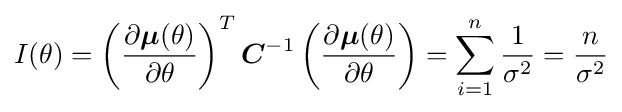
I(\theta )=\left({\frac {\partial {\boldsymbol {\mu }}(\theta )}{\partial \theta }}\right)^{T}{\boldsymbol {C}}^{-1}\left({\frac {\partial {\boldsymbol {\mu }}(\theta )}{\partial \theta }}\right)=\sum _{i=1}^{n}{\frac {1}{\sigma ^{2}}}={\frac {n}{\sigma ^{2}}}